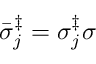
\bar { \sigma } _ { j } ^ { \ddag } = \sigma _ { j } ^ { \ddag } \sigma